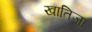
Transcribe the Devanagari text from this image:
खातिजा